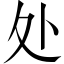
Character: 处